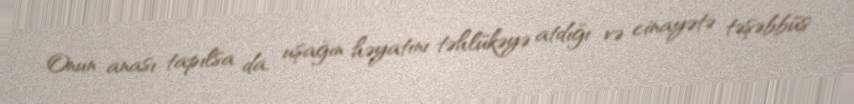
Onun anası tapılsa da, uşağın həyatını təhlükəyə atdığı və cinayətə təşəbbüs